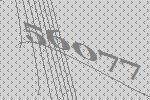
56077